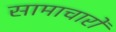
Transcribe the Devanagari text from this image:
सामाचारों